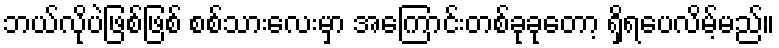
ဘယ်လိုပဲဖြစ်ဖြစ် စစ်သားလေးမှာ အကြောင်းတစ်ခုခုတော့ ရှိရပေလိမ့်မည်။